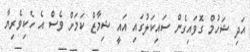
އަދި ޝަހުމް ގޮވައިގެން ސައިކަލުގައި އައީ ޝިމާޒް ކަމަށް ވެސް އެ ހެކިވެރިޔާ